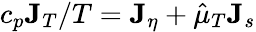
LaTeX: c_{p}{\mathbf J}_{T}/T={\mathbf J}_{\eta}+\hat{\mu}_{T}{\mathbf J}_{s}